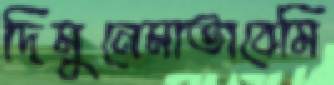
দিমুনেমাতাবেমি